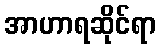
အာဟာရဆိုင်ရာ